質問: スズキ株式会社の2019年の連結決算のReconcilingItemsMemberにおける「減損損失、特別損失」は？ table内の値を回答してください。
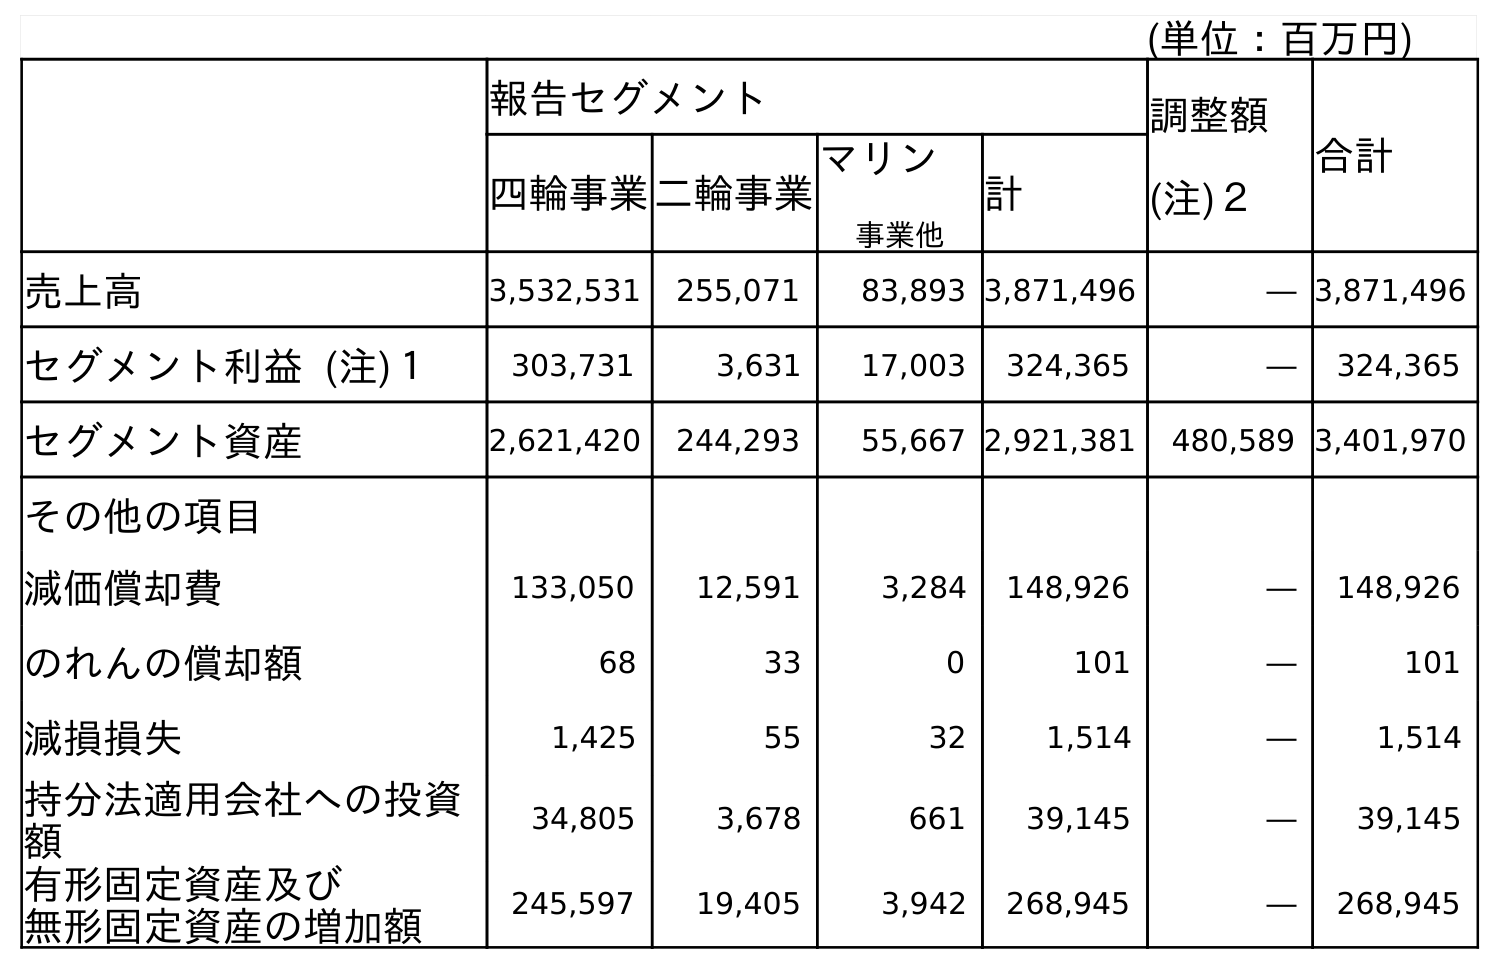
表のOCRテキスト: (単位：百万円) 報告セグメント 調整額 (注)２ 合計 四輪事業二輪事業 マリン 事業他 計 売上高 3,532,531 255,071 83,893 3,871,496 ― 3,871,496 セグメント利益 (注)１ 303,731 3,631 17,003 324,365 ― 324,365 セグメント資産 2,621,420 244,293 55,667 2,921,381 480,589 3,401,970 その他の項目 減価償却費 133,050 12,591 3,284 148,926 ― 148,926 のれんの償却額 68 33 0 101 ― 101 減損損失 1,425 55 32 1,514 ― 1,514 持分法適用会社への投資 額 34,805 3,678 661 39,145 ― 39,145 有形固定資産及び 無形固定資産の増加額 245,597 19,405 3,942 268,945 ― 268,945
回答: ―